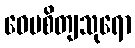
ဝေပစိတျသုရော